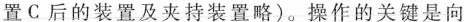
置C后的装置及夹持装置略)。操作的关键是向